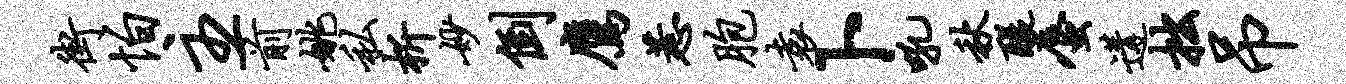
街怕主前姚私析妙倒鹰惹胞袁卜吼秋醍蜃遘拙吊